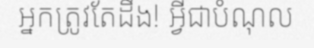
អ្នកត្រូវតែដឹង! អ្វីជាបំណុល